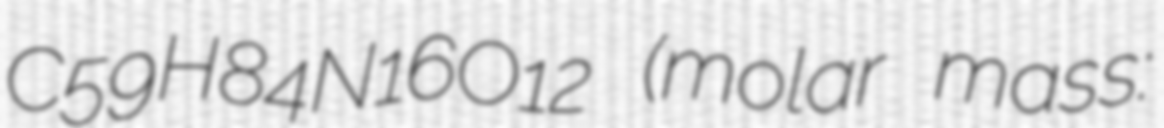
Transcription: C59H84N16O12 (molar mass: